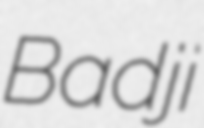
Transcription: Badji